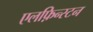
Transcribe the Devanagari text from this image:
एलफ़िन्स्टन